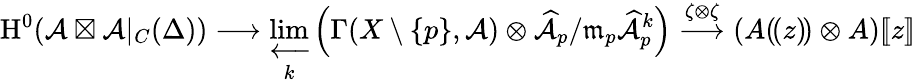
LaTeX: \textnormal{H}^{0}(\mathcal{A}\boxtimes\mathcal{A}|_{C}(\Delta))\longrightarrow\varprojlim_{k}\left(\Gamma(X\setminus\{ p\} ,\mathcal{A})\otimes\widehat{\mathcal{A}}_{p}/\mathfrak{m}_{p}\widehat{\mathcal{A}}_{p}^{k}\right)\stackrel{\zeta\otimes\zeta}{\longrightarrow}(A(\! (z)\! )\otimes A)[\! [z]\! ]